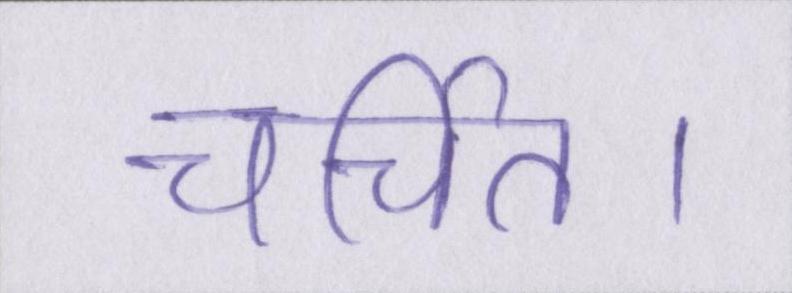
चर्चित।